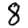
Digit: 8